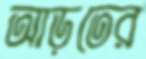
আড়তের